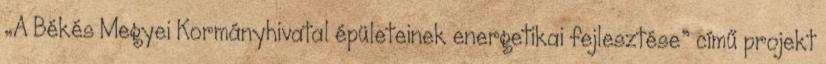
„A Békés Megyei Kormányhivatal épületeinek energetikai fejlesztése” című projekt